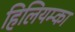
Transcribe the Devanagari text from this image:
हिलियम्का